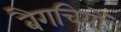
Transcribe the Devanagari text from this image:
बैगचियों